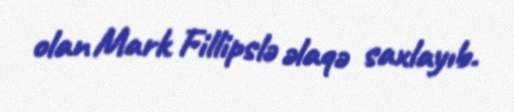
olan Mark Fillipslə əlaqə saxlayıb.